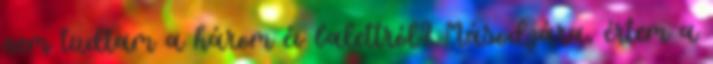
nem tudtam a három év balettról? Másodjára, értem a